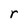
Character: r